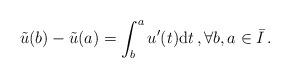
LaTeX: \begin{align*}\tilde{u}(b)-\tilde{u}(a)=\int_b^a u'(t)\mathrm{d}t\,,\forall b,a\in\bar{I}\,.\end{align*}